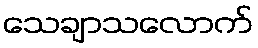
သေချာသလောက်